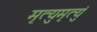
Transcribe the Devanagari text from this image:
मृत्युमृत्युं